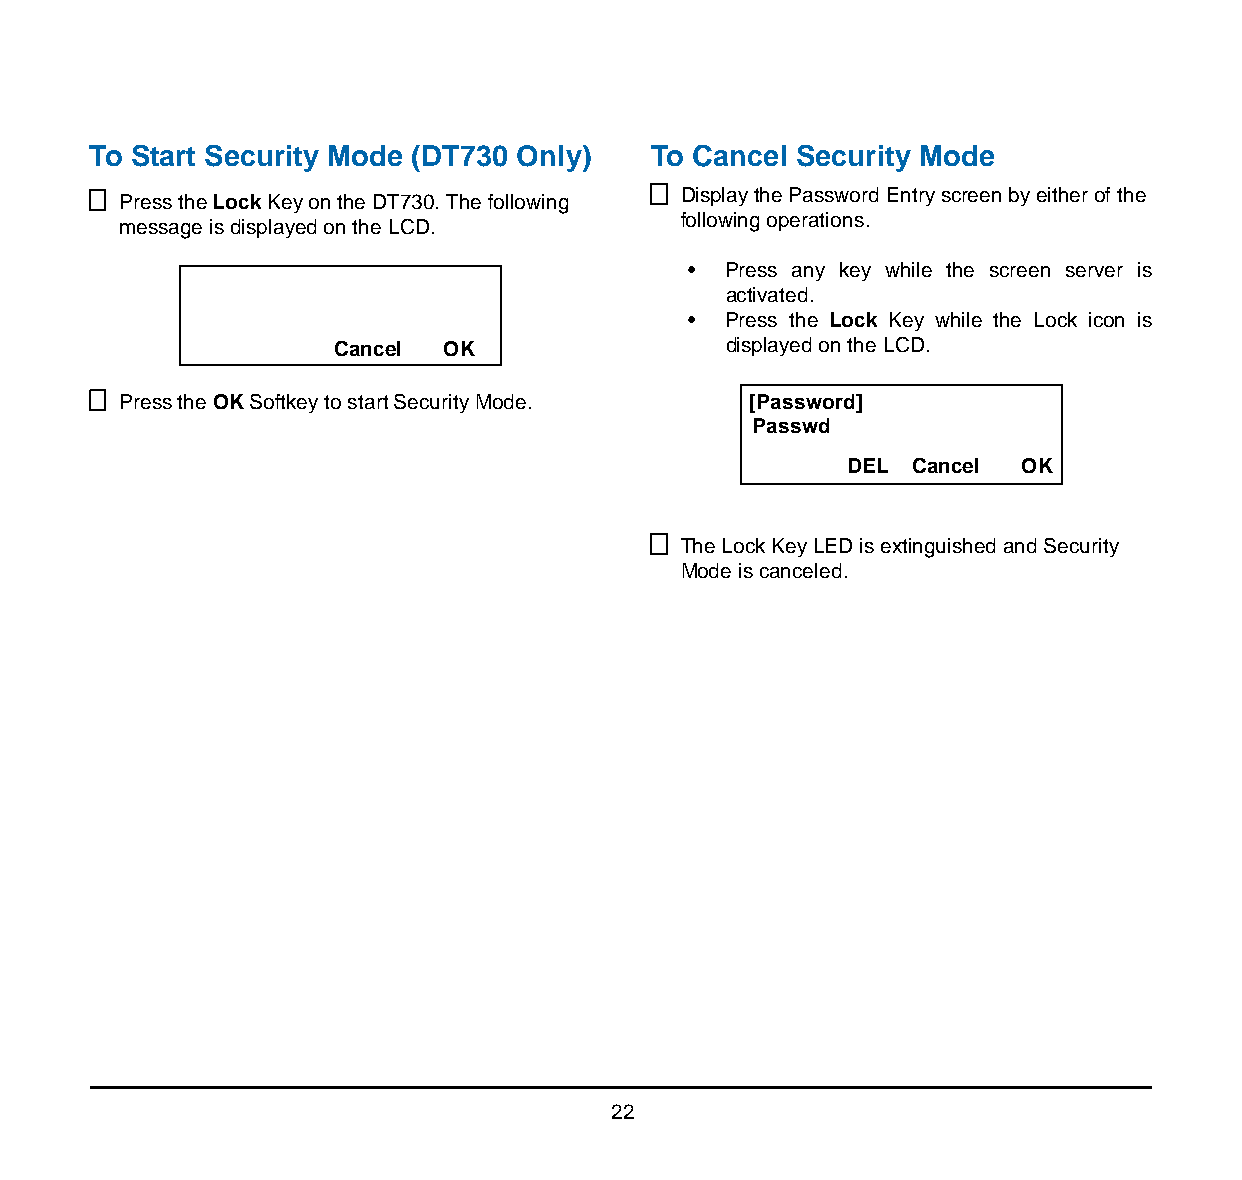
To Start Security Mode (DT730 Only)   To Cancel Security Mode
 Press the Lock Key on the DT730. The following Display the Password Entry screen by either of the
 message is displayed on the LCD.      following operations.
 •  Press any key while the screen server is
 activated.
 •  Press the Lock Key while the Lock icon is
 Cancel OK                 displayed on the LCD.
 Press the OK Softkey to start Security Mode. [Pass word]
 Passwd
 DEL Cancel OK
 The Lock Key LED is extinguished and Security
 Mode is canceled.
 22